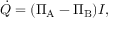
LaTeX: { \dot { Q } } = ( \Pi _ { \mathrm { A } } - \Pi _ { \mathrm { B } } ) I ,